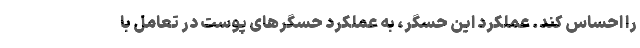
را احساس کند. عملکرد این حسگر، به عملکرد حسگر‌های پوست در تعامل با